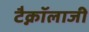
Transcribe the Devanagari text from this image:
टैक्नॉलाजी